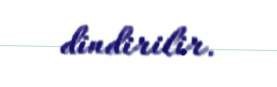
dindirilir.